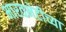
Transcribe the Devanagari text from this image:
भारतभेटीच्या